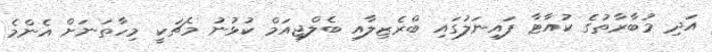
އަދި މުބާރާތުގެ ކުއާޓާ ފައިނަލުގައި ބްރެޒިލާއި ބެލްޖިއަމް ކުޅުނު މެޗަކީ މިހާތަނަށް އެންމެ